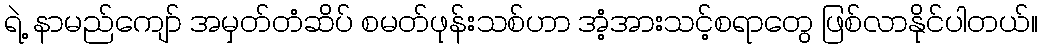
ရဲ့ နာမည်ကျော် အမှတ်တံဆိပ် စမတ်ဖုန်းသစ်ဟာ အံ့အားသင့်စရာတွေ ဖြစ်လာနိုင်ပါတယ်။